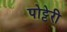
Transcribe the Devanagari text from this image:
पोट्टेरी